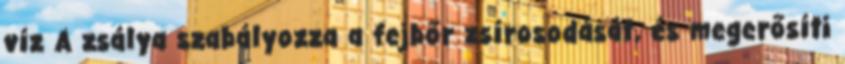
víz A zsálya szabályozza a fejbőr zsírosodását, és megerősíti